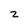
Character: 2